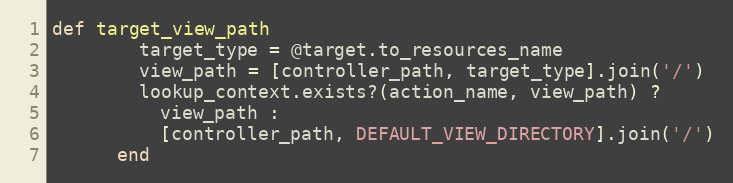
Language: Ruby
def target_view_path
        target_type = @target.to_resources_name
        view_path = [controller_path, target_type].join('/')
        lookup_context.exists?(action_name, view_path) ?
          view_path :
          [controller_path, DEFAULT_VIEW_DIRECTORY].join('/')
      end